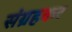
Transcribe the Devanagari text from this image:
संग्रहकर